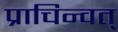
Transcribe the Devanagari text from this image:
प्राचिन्वत्‌